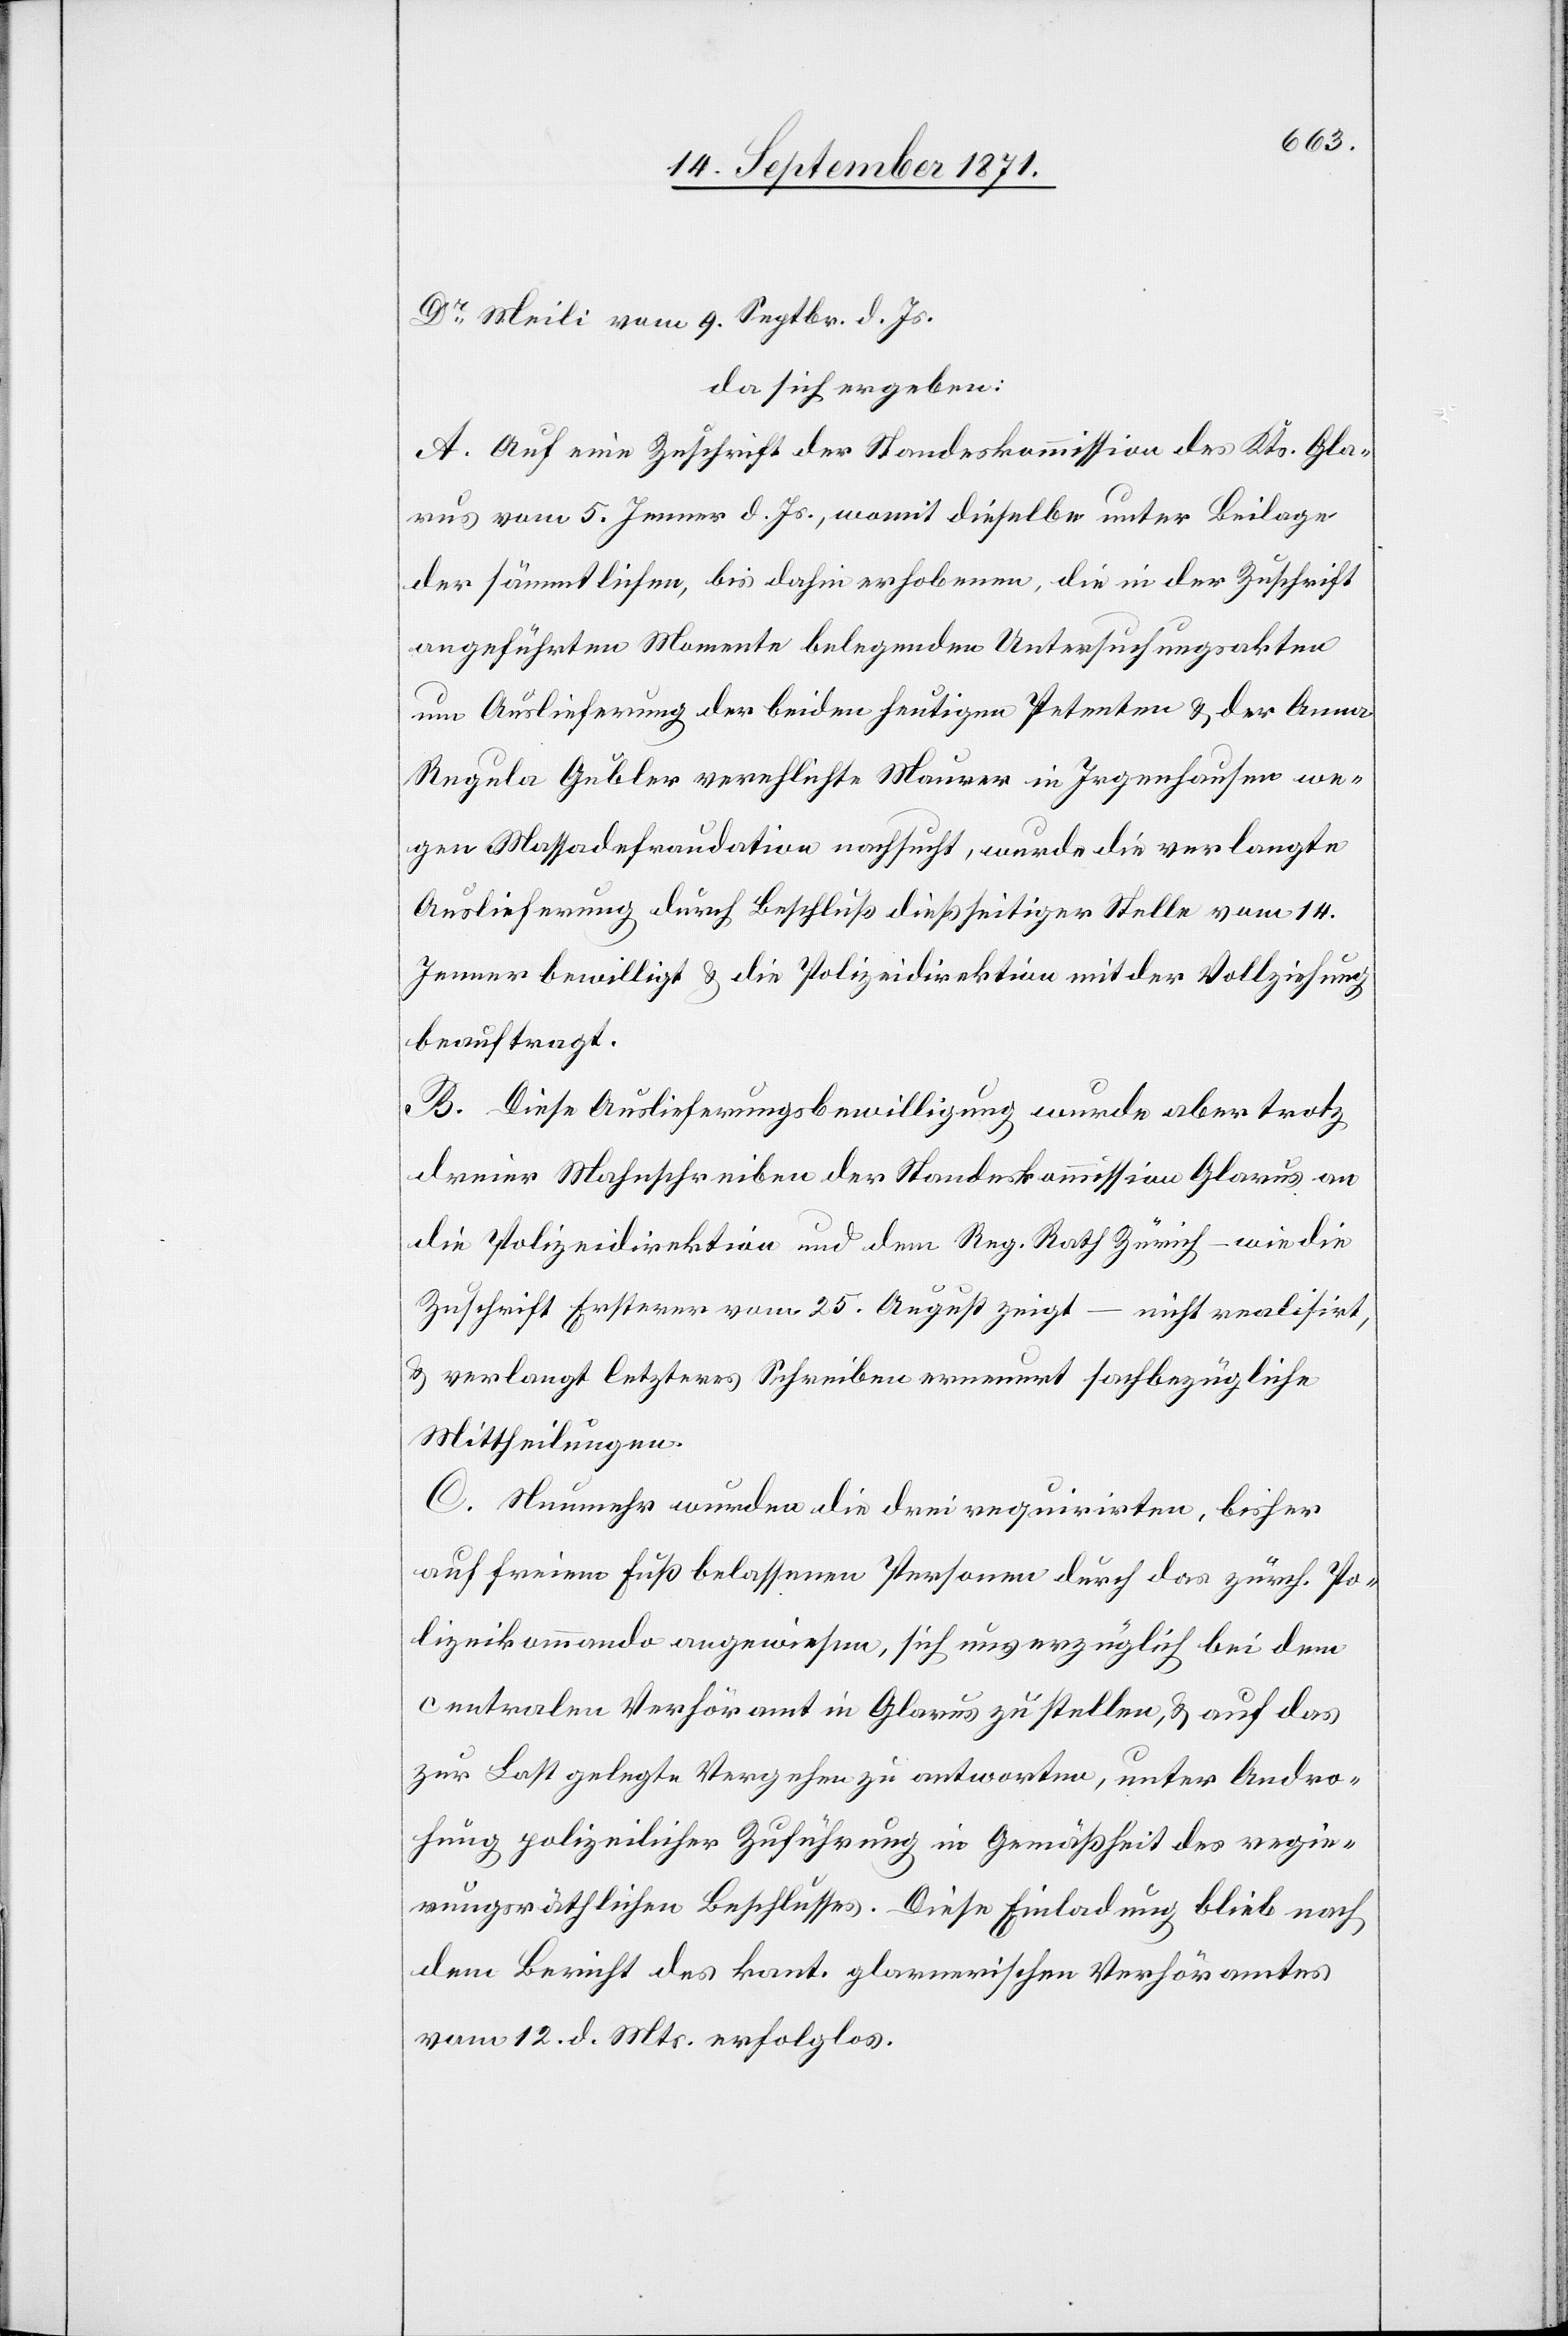
Dr Meili vom 9. Septbr. d. Js.
da sich ergeben:
A. Auf eine Zuschrift der Standeskommission des Kts. Gla¬
rus vom 5. Januar d. Js., womit dieselbe unter Beilage
der sämmtlichen, bis dahin erhobenen, die in der Zuschrift
angeführten Momente belegenden Untersuchungsakten
um Auslieferung der beiden heutigen Petenten & der Anna
Regula Gubler verehelichte Maurer in Irgenhausen we¬
gen Massadefraudation nachsucht, wurde die verlangte
Auslieferung durch Beschluß dießseitiger Stelle vom 14.
Jenner bewilligt & die Polizeidirektion mit der Vollziehung
beauftragt.
B. Diese Auslieferungsbewilligung wurde aber trotz
dreier Mahnschreiben der Standeskommission Glarus an
die Polizeidirektion und dem Reg. Rath Zürich – wie die
Zuschrift Ersterer vom 25. August zeigt – nicht realisirt,
& verlangt letzteres Schreiben erneuert sachbezügliche
Mittheilungen.
C. Nunmehr wurden die drei requirirten, bisher
auf freiem Fuß belassenen Personen durch das zürch. Po¬
lizeikommando angewiesen, sich unverzüglich bei dem
centralen Verhöramt in Glarus zu stellen, & auf das
zur Last gelegte Vergehen zu antworten, unter Andro¬
hung polizeilicher Zuführung in Gemäßheit des regie¬
rungsräthlichen Beschlusses. Diese Einladung blieb nach
dem Bericht des kant. Glarnerischen Verhöramtes
vom 12. d. Mts. erfolglos.